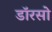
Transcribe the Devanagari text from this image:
डॉरसो